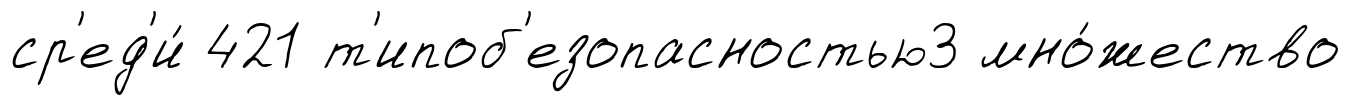
ср'ед'и́ 421 т'ипоб'езопасностью3 мно́жество